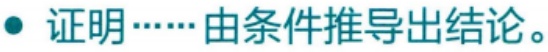
证明\(\cdots\cdots\)由条件推导出结论。